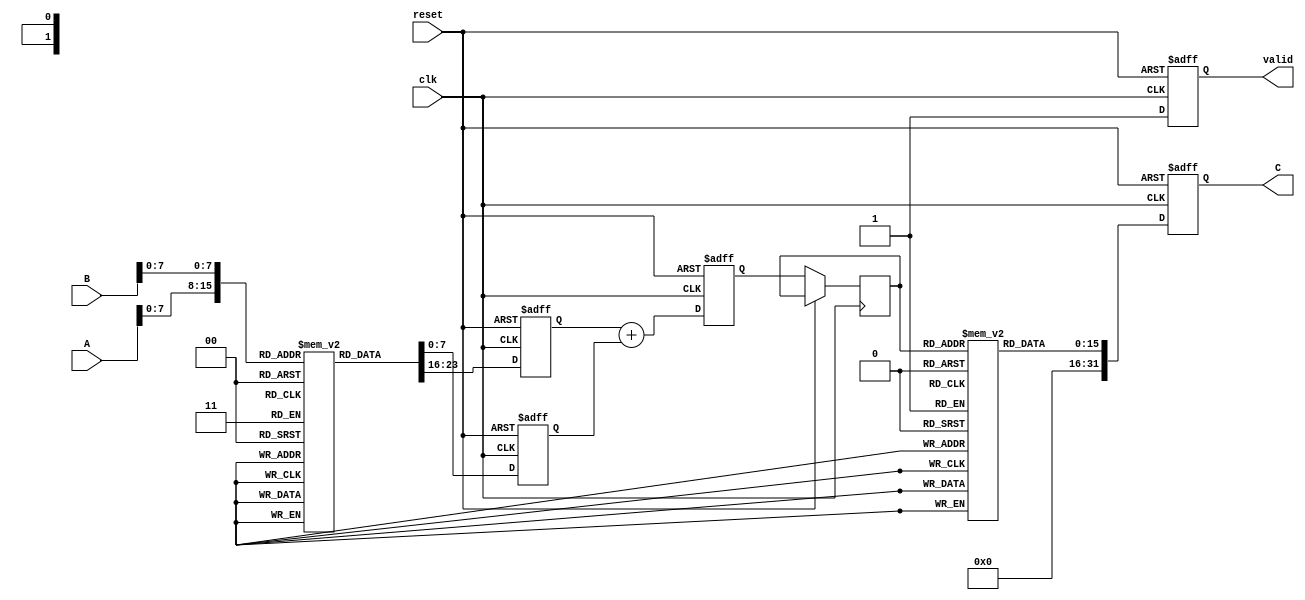
module LogarithmicMultiplier (
    input wire clk,
    input wire reset,
    input wire [15:0] A, // Input operand A
    input wire [15:0] B, // Input operand B
    output reg [31:0] C, // Output product C = A * B
    output reg valid     // Output valid signal
);

    // Parameters for LUT size
    parameter LUT_SIZE = 256;
    reg [15:0] log_lut [0:LUT_SIZE-1]; // Logarithmic LUT
    reg [15:0] exp_lut [0:LUT_SIZE-1]; // Exponential LUT

    // Internal signals
    reg [15:0] log_A;
    reg [15:0] log_B;
    reg [15:0] log_sum;
    reg [7:0] exp_index;

    // Initialize LUTs (for demonstration purposes, these should be filled with actual values)
    initial begin
        // Fill log_lut and exp_lut with appropriate values
        // Example: log_lut[0] = 0, log_lut[1] = 0, log_lut[2] = 1, ...
        // Example: exp_lut[0] = 1, exp_lut[1] = 2, exp_lut[2] = 4, ...
    end

    // Logarithmic conversion
    always @(posedge clk or posedge reset) begin
        if (reset) begin
            log_A <= 0;
            log_B <= 0;
            log_sum <= 0;
            C <= 0;
            valid <= 0;
        end else begin
            log_A <= log_lut[A[7:0]]; // Assuming A is in range for LUT
            log_B <= log_lut[B[7:0]]; // Assuming B is in range for LUT
            log_sum <= log_A + log_B; // Add logarithmic values
            exp_index <= log_sum[7:0]; // Use lower bits for LUT index
            C <= exp_lut[exp_index]; // Get the product from exp LUT
            valid <= 1; // Indicate valid output
        end
    end

endmodule